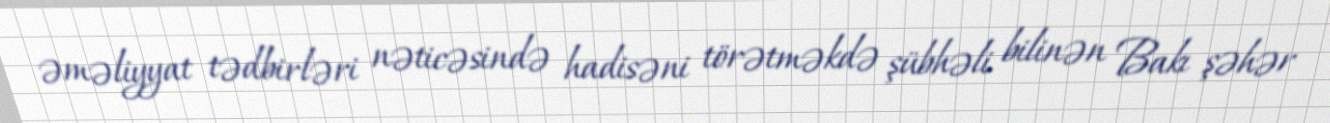
əməliyyat tədbirləri nəticəsində hadisəni törətməkdə şübhəli bilinən Bakı şəhər